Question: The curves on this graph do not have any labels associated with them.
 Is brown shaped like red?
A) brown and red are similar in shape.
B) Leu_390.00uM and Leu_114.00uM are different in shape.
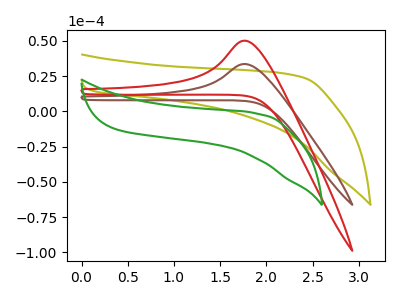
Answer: <think>The olive curve "olive" has no peaks. The brown curve "brown" has an anodic peak at: (1.75V, 33.65uA). The red curve "red" has an anodic peak at: (1.75V, 50.20uA). The green curve "green" has no peaks.
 All the peaks in "brown" have a peak in "red" at the same potential. Every peak in "brown" is lower than every peak in "red".</think>
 <answer>A) "brown" and "red" are similar in shape.</answer>
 <eval>A</eval>